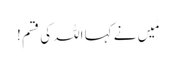
مَیں نے کہا اللہ کی قسم !